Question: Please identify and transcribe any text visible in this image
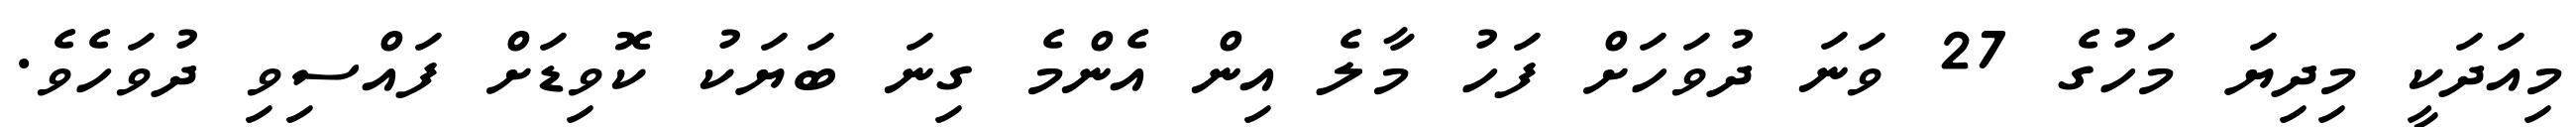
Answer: މިއަދަކީ މިދިޔަ މަހުގެ 27 ވަނަ ދުވަހަށް ފަހު މާލެ އިން އެންމެ ގިނަ ބަޔަކު ކޮވިޑަށް ފައްސިވި ދުވަހެވެ.